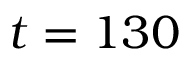
t = 1 3 0